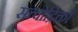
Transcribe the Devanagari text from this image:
सत्त्वोद्रिक्तौ